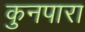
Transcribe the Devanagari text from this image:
कुनपारा